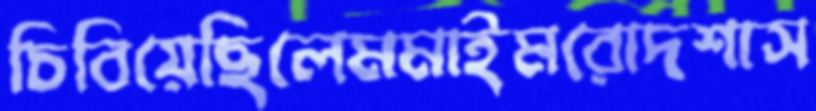
চিবিয়েছিলেমমাইমরোদশাস